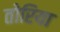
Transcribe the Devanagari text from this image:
तोरिया